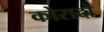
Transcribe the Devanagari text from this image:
कोरादो